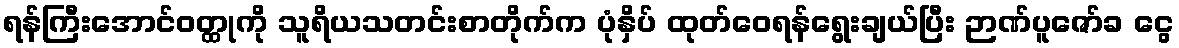
ရန်ကြီးအောင်ဝတ္ထုကို သူရိယသတင်းစာတိုက်က ပုံနှိပ် ထုတ်ဝေရန်ရွေးချယ်ပြီး ဉာဏ်ပူဇော်ခ ငွေ